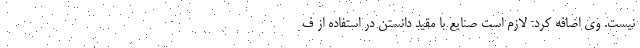
نیست. وی اضافه کرد: لازم است صنایع با مقید دانستن در استفاده از ف